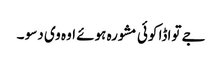
جے تواڈا کوئی مشورہ ہوئے اوہ وی دسو ۔